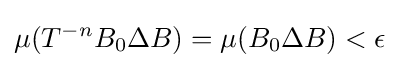
\mu (T^{-n}B_{0}\Delta B)=\mu (B_{0}\Delta B)<\epsilon